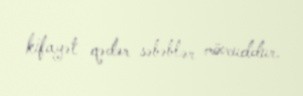
kifayət qədər səbəblər mövcuddur.